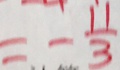
= - \frac { 1 1 } { 3 }